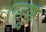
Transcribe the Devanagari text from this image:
एडफू